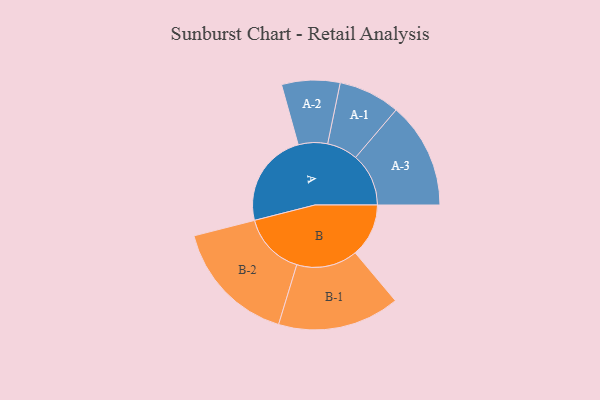
{"axis": {"x": "Segment", "y": "Value"}, "legend": ["", "A", "B"], "data": [{"x": "A", "y": 453, "type": ""}, {"x": "B", "y": 255, "type": ""}, {"x": "A-1", "y": 147, "type": "A"}, {"x": "A-2", "y": 139, "type": "A"}, {"x": "A-3", "y": 253, "type": "A"}, {"x": "B-1", "y": 291, "type": "B"}, {"x": "B-2", "y": 300, "type": "B"}]}